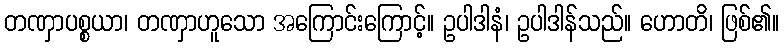
တဏှာပစ္စယာ၊ တဏှာဟူသော အကြောင်းကြောင့်။ ဥပါဒါနံ၊ ဥပါဒါန်သည်။ ဟောတိ၊ ဖြစ်၏။